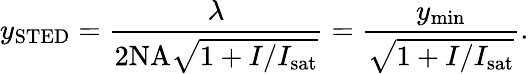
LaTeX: y_{\mathrm{STED}}=\frac{\lambda}{2\mathrm{NA}\sqrt{1+I/I_{\mathrm{sat}}}}=\frac{y_{\mathrm{min}}}{\sqrt{1+I/I_{\mathrm{sat}}}}.